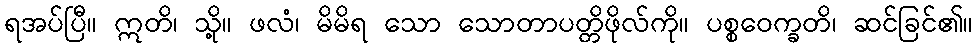
ရအပ်ပြီ။ ဣတိ၊ သို့။ ဖလံ၊ မိမိရ သော သောတာပတ္တိဖိုလ်ကို။ ပစ္စဝေက္ခတိ၊ ဆင်ခြင်၏။